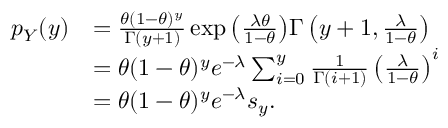
\begin{array} { r l } { p _ { Y } ( y ) } & { = \frac { \theta { ( 1 - \theta ) ^ { y } } } { \Gamma ( y + 1 ) } \exp { \left( \frac { \lambda \theta } { 1 - \theta } \right) } { \Gamma \left( y + 1 , \frac { \lambda } { 1 - \theta } \right) } } \\ & { = \theta { ( 1 - \theta ) ^ { y } } e ^ { - \lambda } \sum _ { i = 0 } ^ { y } \frac { 1 } { \Gamma ( i + 1 ) } \left( \frac { \lambda } { 1 - \theta } \right) ^ { i } } \\ & { = \theta { ( 1 - \theta ) ^ { y } } e ^ { - \lambda } s _ { y } . } \end{array}